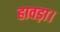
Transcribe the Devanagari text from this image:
हावड़ा।